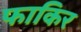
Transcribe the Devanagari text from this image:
फाकिर